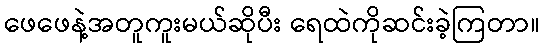
ဖေဖေနဲ့အတူကူးမယ်ဆိုပီး ရေထဲကိုဆင်းခဲ့ကြတာ။